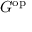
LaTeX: G ^ { \mathrm { o p } }